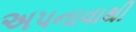
અપનાવાથી